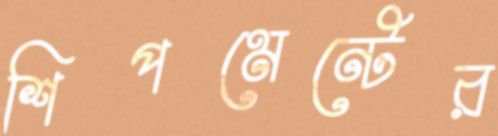
শিপমেন্টের